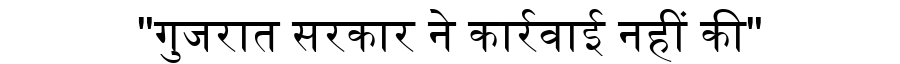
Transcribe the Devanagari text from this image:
"गुजरात सरकार ने कार्रवाई नहीं की"